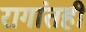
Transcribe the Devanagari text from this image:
रागांतही